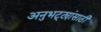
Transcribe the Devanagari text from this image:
अनुभट्ट्यांसाठी